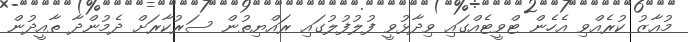
މުއާޒު ކުރެއްވި އެހެން ޓްވީޓެއްގައި ވިދާޅުވީ ފުލުފުލުގައި ރައްޔިތުން ސަރުކާރަށް ދެމުންދާ ތާއީދުން